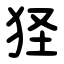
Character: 㹩